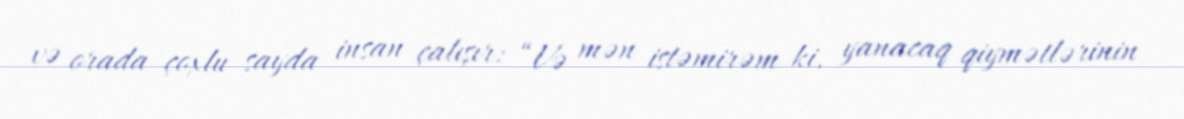
və orada çoxlu sayda insan çalışır: “Və mən istəmirəm ki, yanacaq qiymətlərinin